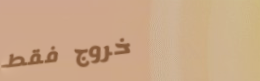
خروج فقط